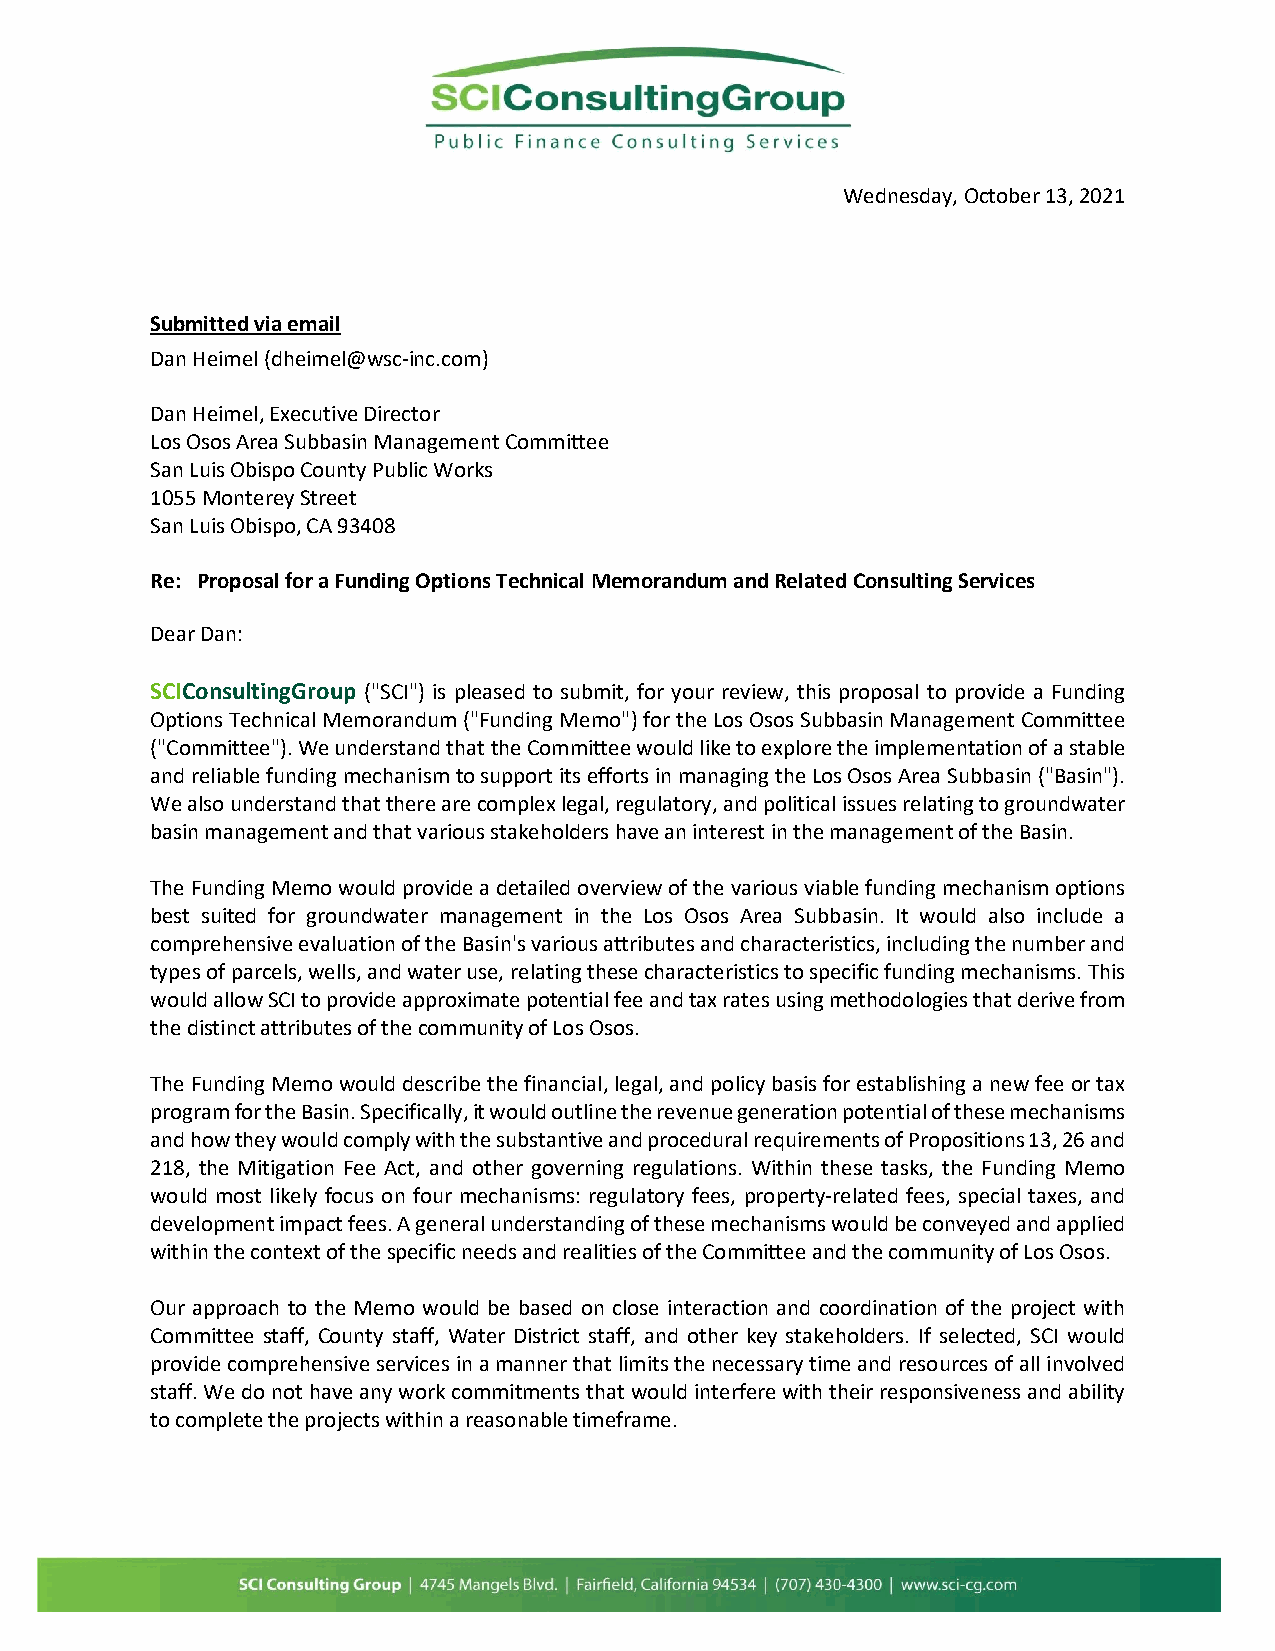
Wednesday, October 13, 2021
 Submitted via email
 Dan Heimel (dheimel@wsc-inc.com)
 Dan Heimel, Executive Director
 Los Osos Area Subbasin Management Committee
 San Luis Obispo County Public Works
 1055 Monterey Street
 San Luis Obispo, CA 93408
 Re: Proposal for a Funding Options Technical Memorandum and Related Consulting Services
 Dear Dan:
 SCIConsultingGroup ("SCI") is pleased to submit, for your review, this proposal to provide a Funding
 Options Technical Memorandum ("Funding Memo") for the Los Osos Subbasin Management Committee
 ("Committee"). We understand that the Committee would like to explore the implementation of a stable
 and reliable funding mechanism to support its efforts in managing the Los Osos Area Subbasin ("Basin").
 We also understand that there are complex legal, regulatory, and political issues relating to groundwater
 basin management and that various stakeholders have an interest in the management of the Basin.
 The Funding Memo would provide a detailed overview of the various viable funding mechanism options
 best suited for groundwater management in the Los Osos Area Subbasin. It would also include a
 comprehensive evaluation of the Basin's various attributes and characteristics, including the number and
 types of parcels, wells, and water use, relating these characteristics to specific funding mechanisms. This
 would allow SCI to provide approximate potential fee and tax rates using methodologies that derive from
 the distinct attributes of the community of Los Osos.
 The Funding Memo would describe the financial, legal, and policy basis for establishing a new fee or tax
 program for the Basin. Specifically, it would outline the revenue generation potential of these mechanisms
 and how they would comply with the substantive and procedural requirements of Propositions 13, 26 and
 218, the Mitigation Fee Act, and other governing regulations. Within these tasks, the Funding Memo
 would most likely focus on four mechanisms: regulatory fees, property-related fees, special taxes, and
 development impact fees. A general understanding of these mechanisms would be conveyed and applied
 within the context of the specific needs and realities of the Committee and the community of Los Osos.
 Our approach to the Memo would be based on close interaction and coordination of the project with
 Committee staff, County staff, Water District staff, and other key stakeholders. If selected, SCI would
 provide comprehensive services in a manner that limits the necessary time and resources of all involved
 staff. We do not have any work commitments that would interfere with their responsiveness and ability
 to complete the projects within a reasonable timeframe.